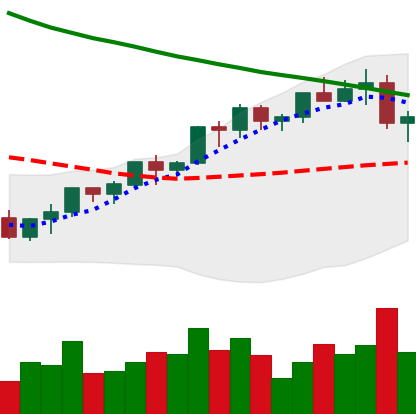
Ticker: LTC-USD
Chart end date: 2022-04-01
Forward return: -9.947%
Label: down_7plus